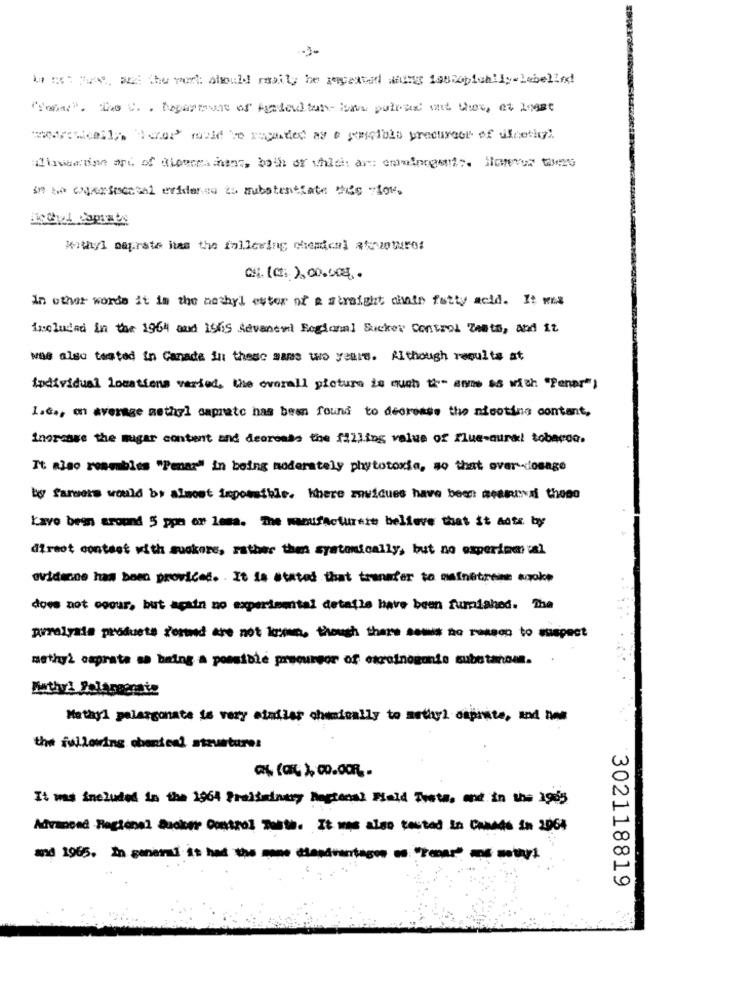
La Ist Twee. az: the vert: should maily be repeated mains tostopichlly-labelind
marcell; Scrap could be regarded as esempiois precureer of dicethy;
abomine art of Blommeathens, both of which are omoiargent :. However there
in be enperfecttal erideres is substentrate Mies low.
Mathyl meprate has the fallering chemical atuvotures
: (02: 100.000.
in other words it in the aethyl ester of a straight chate fatty acid. It was
included in the 1964 and 1965 Sevande Regional Sicker Control Zeats, and it
was also tasted in Canade in these sans wo years. Although regults at
individual locations varied, the overall picture is much to- are as with "Penar")
L.C ., on average methyl caprate has been found to decrease the nicotine content,
Inercase the mugar content and deoreads the filling value of flue-aura! tobacoa.
It also reamables "Penar" in being moderately phytotoxis, so that over-dosage
by farmers would be almost impossible. Where muidues have been messed these
Lave been around 5 ppa or lema. The manufactureit believe that it aots by
direct contact with suokore, rather than syatonically, but no experimm val
evidence has been provided. It is stated that transfer to mainstreet epoke
does not coour, but again no experimental detalle have been furnished. The
purelyals products forand are not ki, though the sos no reason to suspect
methyl capprata sa being a possible precursor of exrotnogonio substanoun.
Natal pelargonate is very similar chemically to methyl capriate, and has
the following obentesi strutture:
It was included in the 1964 Preliminary Regional Field Tweeta, and in the 1965
Advanced Regional Busber Control Testo. It was also costad in Canada in 2064
302118819